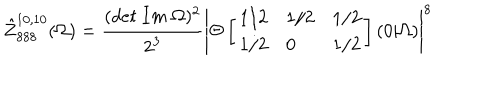
LaTeX: \hat { Z } _ { 8 8 8 } ^ { 1 0 , 1 0 } ( \Omega ) = \frac { ( d e t \ I m \ \Omega ) ^ { 2 } } { 2 ^ { 3 } } \left| \Theta \left[ \begin{array} { l l l } { { 1 / 2 } } & { { 1 / 2 } } & { { 1 / 2 } } \\ { { 1 / 2 } } & { { 0 } } & { { 1 / 2 } } \\ \end{array} \right] ( 0 \vert \Omega ) \right| ^ { 8 }